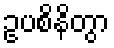
ဥပစိနိတွာ